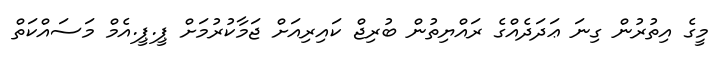
މީގެ އިތުރުން ގިނަ ޢަދަދެއްގެ ރައްޔިތުން ބުރިޖް ކައިރިއަށް ޖަމާކުރުމަށް ޕީ.ޕީ.އެމް މަސައްކަތް